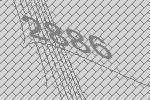
2886